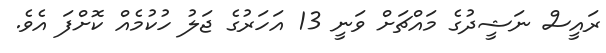
ރައީސް ނަޝީދުގެ މައްޗަށް ވަނީ 13 އަހަރުގެ ޖަލު ހުކުމެއް ކޮށްފަ އެވެ.